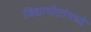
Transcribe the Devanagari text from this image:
विद्यापीठांमध्‍ये